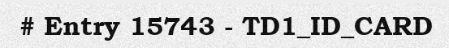
# Entry 15743 - TD1_ID_CARD